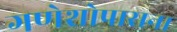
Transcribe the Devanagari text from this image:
गणेशोपासना